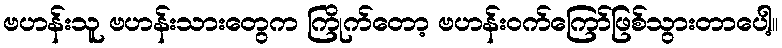
ဗဟန်းသူ ဗဟန်းသားတွေက ကြိုက်တော့ ဗဟန်းဝက်ကြော်ဖြစ်သွားတာပေါ့။